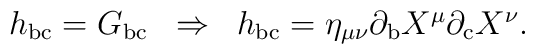
\begin{array}{ccc}h_{{\rm bc}}=G_{{\rm bc}} & \Rightarrow & h_{{\rm bc}}=\eta _{\mu \nu}\partial _{{\rm b}}X^\mu \partial _{{\rm c}}X^\nu .\end{array}